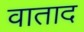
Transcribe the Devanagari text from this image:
वाताद